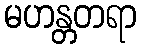
မဟန္တတရာ